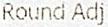
ROUND ADJ